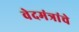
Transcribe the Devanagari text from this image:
वेदमंत्रांचे